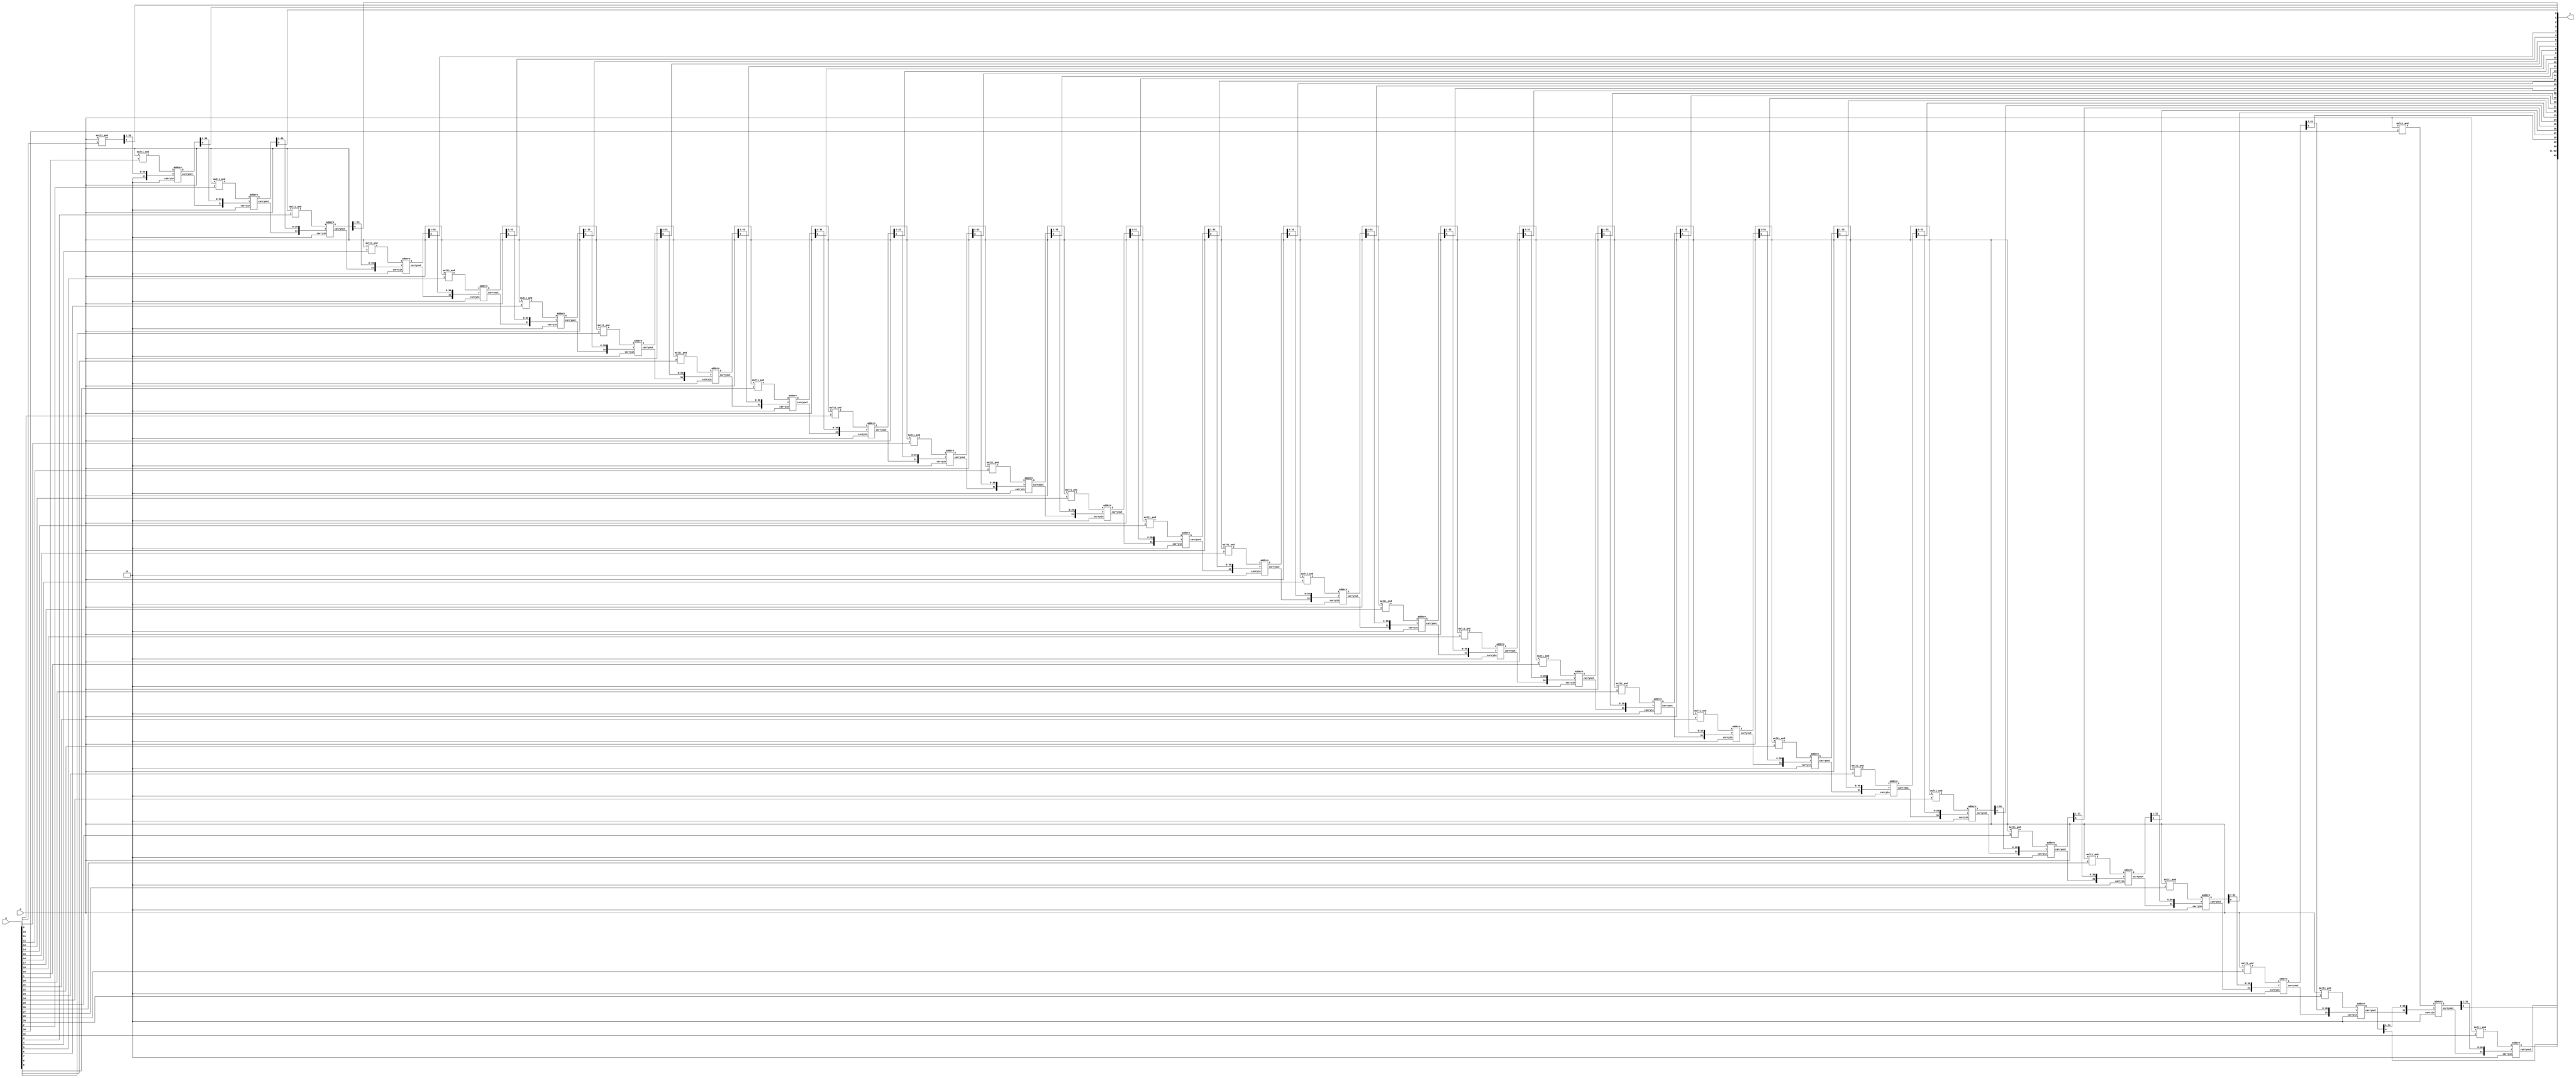
// multiplies 2 n-bit numbers `m` and `q` into their `n * 2` bit product `s`
module multiplier (
    m,
    q,
    s
);
  parameter integer n = 32;

  input [n-1:0] m, q;
  output [n*2-1:0] s;

  wire [n-1:0] b;
  wire [n*n-1:0] t, u;  // results of ands, adders

  wire [n-1:0] c;  // carry

  genvar i;
  generate
    for (i = 0; i < n; i = i + 1) begin
      multi_and ma (
          m,
          q[i],
          t[n*i+(n-1) : n*i]
      );
    end
  endgenerate

  assign s[0] = t[0];
  assign c[0] = 1'b0;
  assign u[n-1:1] = t[n-1:1];

  genvar j;
  generate
    for (j = 0; j < n - 1; j = j + 1) begin
      addern a (
          t[(j*n)+(2*n)-1 : (j*n)+n],  // a
          {c[j], u[n*j+(n-1) : n*j+1]},  // b
          1'b0,  // cin
          u[(j*n)+(2*n)-1 : (j*n)+n],  // s
          c[j+1]  // cout
      );
      assign s[j+1] = u[j*n+n];
    end
  endgenerate

  assign s[n*2-2 : n-1] = u[n*n-1 : n*n-1-n+1];
  assign s[n*2-1] = c[n-1];
endmodule  // multiplier

// Multiplies an n-bit `x` by a single bit `y`
module multi_and (
    x,
    y,
    s
);
  parameter integer n = 32;

  input [n-1:0] x;
  input y;
  output [n-1:0] s;

  genvar i;
  generate
    for (i = 0; i <= n - 1; i = i + 1) begin
      and a (s[i], x[i], y);
    end
  endgenerate
endmodule

// ripple carry adder for 2 n-bit numbers
module addern (
    X,
    Y,
    carryin,
    S,
    carryout
);
  parameter integer n = 32;

  input carryin;
  input [n-1:0] X, Y;

  output [n-1:0] S;
  output carryout;

  wire [n:0] C;
  genvar i;
  assign C[0] = carryin;
  assign carryout = C[n];

  generate
    for (i = 0; i <= n - 1; i = i + 1) begin
      full_adder fa (
          C[i],
          X[i],
          Y[i],
          S[i],
          C[i+1]
      );
    end
  endgenerate
endmodule  // addern

// Verilog code for full adder 
module full_adder (
    x,
    y,
    cin,
    s,
    cout
);
  input x, y, cin;
  output s, cout;
  assign s = (x ^ y) ^ cin;
  assign cout = (y & cin) | (x & y) | (x & cin);
endmodule  // full_adder